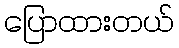
ပြောထားတယ်